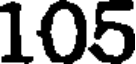
105